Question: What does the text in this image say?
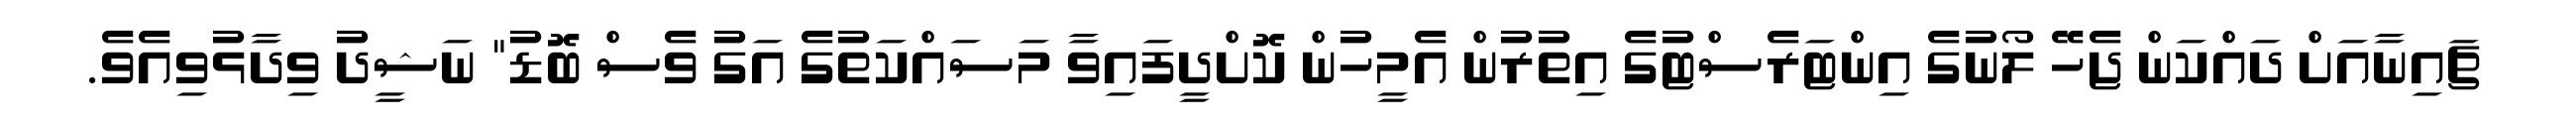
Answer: ޗައިނާއަށް ދައްކަން ޖެހޭ ލޯނުގެ އިންޓަރެސްޓުގެ އިތުރުން އެމީހުން ކޮށްދީފައިވާ މަސައްކަތުގެ އަގު ވެސް ބޮޑު" ނަޝީދު ވިދާޅުވިއެވެ.